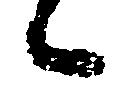
候